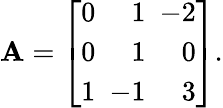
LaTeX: \mathbf{A}=\left[{\begin{array}{rrr}{0}&{1}&{\! \! \! -2}\\ {0}&{1}&{0}\\ {1}&{\! \! \! -1}&{3}\end{array}}\right].